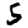
Digit: 5